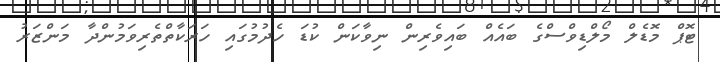
ޓޮޕް މޮޑެލް މޯލްޑިވްސްގެ ބައެއް ބައިވެރިން ނިވާކަން ކުޑަ ހެދުމުގައި ހަރަކާތްތެރިވަމުންދާ މަންޒަރު